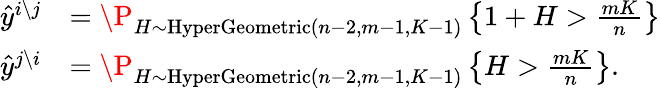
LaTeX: \begin{array}{rl}{\hat{y}^{i\setminus j}}&{=\P_{H\sim\textnormal{HyperGeometric}(n-2,m-1,K-1)}\left\{ 1+H>\frac{mK}{n}\right\} }\\ {\hat{y}^{j\setminus i}}&{=\P_{H\sim\textnormal{HyperGeometric}(n-2,m-1,K-1)}\left\{ H>\frac{mK}{n}\right\} .}\end{array}